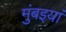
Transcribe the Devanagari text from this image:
मुंबइयां